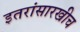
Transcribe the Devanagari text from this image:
इतरांसारखीच